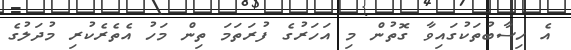
އެ ހިސާބުތަކުގައިވާ ގޮތުން މި އަހަރުގެ ފުރަތަމަ ތިން މަހު އެތެރެކުރި މުދަލުގެ